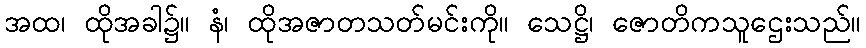
အထ၊ ထိုအခါ၌။ နံ၊ ထိုအဇာတသတ်မင်းကို။ သေဋ္ဌိ၊ ဇောတိကသူဌေးသည်။